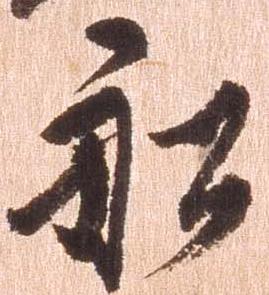
船